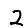
Digit: 2